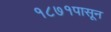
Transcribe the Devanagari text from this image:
१८७१पासून